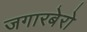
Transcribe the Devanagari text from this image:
जगारबेरो